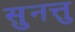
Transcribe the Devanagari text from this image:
सुनत्तु